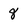
Character: 8